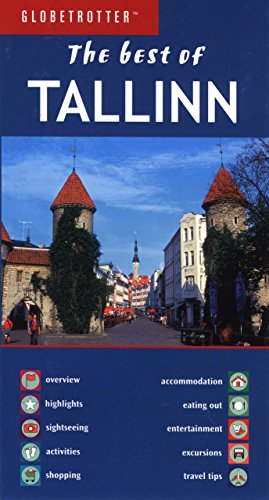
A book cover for Best of Tallinn (Globetrotter Best of Series); Globetrotter; Travel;